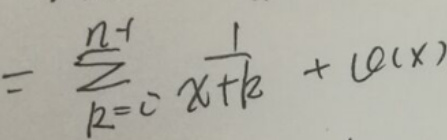
\[
= \sum_{k = 0}^{n - 1} \frac{1}{x + k} + \mathcal{O}(x)
\]